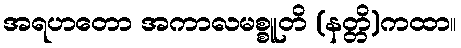
အရဟတော အကာလမစ္စူတိ (နတ္တိ)ကထာ။